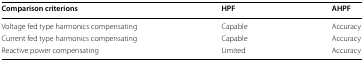
| Comparison criterions | HPF | AHPF |
 | --- | --- | --- |
 | Voltage fed type harmonics compensating | Capable | Accuracy |
 | Current fed type harmonics compensating | Capable | Accuracy |
 | Reactive power compensating | Limited | Accuracy |